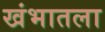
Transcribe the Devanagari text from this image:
खंभातला